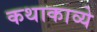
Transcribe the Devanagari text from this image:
कथाकाव्ये